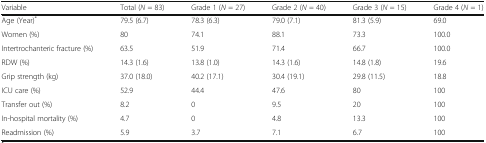
| Variable | Total (N = 83) | Grade 1 (N = 27) | Grade 2 (N = 40) | Grade 3 (N = 15) | Grade 4 (N = 1) |
 | --- | --- | --- | --- | --- | --- |
 | Age (Year)* | 79.5 (6.7) | 78.3 (6.3) | 79.0 (7.1) | 81.3 (5.9) | 69.0 |
 | Women (%) | 80 | 74.1 | 88.1 | 73.3 | 100.0 |
 | Intertrochanteric fracture (%) | 63.5 | 51.9 | 71.4 | 66.7 | 100.0 |
 | RDW (%) | 14.3 (1.6) | 13.8 (1.0) | 14.3 (1.6) | 14.8 (1.8) | 19.6 |
 | Grip strength (kg) | 37.0 (18.0) | 40.2 (17.1) | 30.4 (19.1) | 29.8 (11.5) | 18.8 |
 | ICU care (%) | 52.9 | 44.4 | 47.6 | 80 | 100 |
 | Transfer out (%) | 8.2 | 0 | 9.5 | 20 | 100 |
 | In-hospital mortality (%) | 4.7 | 0 | 4.8 | 13.3 | 100 |
 | Readmission (%) | 5.9 | 3.7 | 7.1 | 6.7 | 100 |